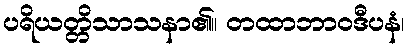
ပရိယတ္တိသာသနာ၏။ တထာဘာဝဒီပနံ၊